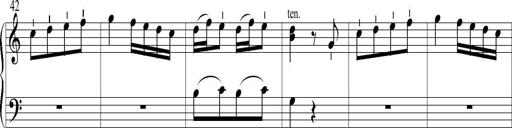
Title: 6 Leichte Sonatinen, Teil 1
Composer: F. Sigismund Sander